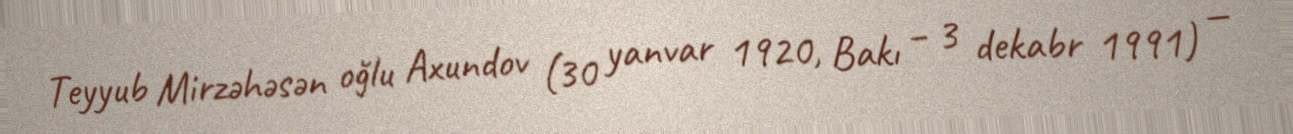
Teyyub Mirzəhəsən oğlu Axundov (30 yanvar 1920, Bakı – 3 dekabr 1991) —